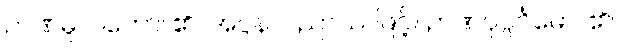
ဉာဏမူလကော၊ ၏။ အပ္ပနာပညာယ၊ ဖြင့်။ ဉာဏပုပ္ပင်္ဂမော၊ ၏။